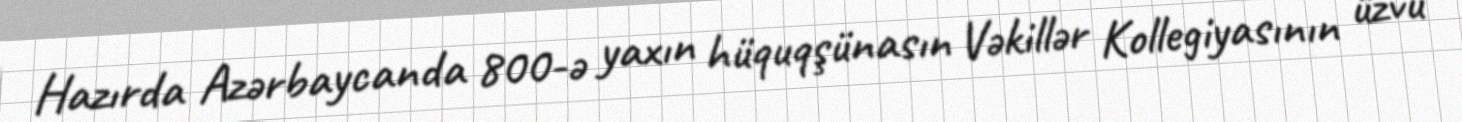
Hazırda Azərbaycanda 800-ə yaxın hüquqşünasın Vəkillər Kollegiyasının üzvü